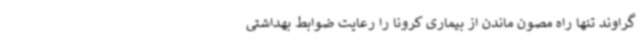
گراوند تنها راه مصون ماندن از بیماری کرونا را رعایت ضوابط بهداشتی